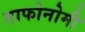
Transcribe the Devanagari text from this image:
ताफोनोमी